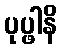
ပုပ္ဖါနိ